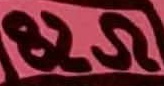
Text: 82Ω